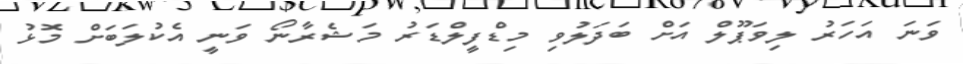
ވަނަ އަހަރު ލިވަޕޫލް އަށް ބަދަލުވި މިޑްފީލްޑަރު މަޝެރާނޯ ވަނީ އެކުލަބަށް މޮޅު